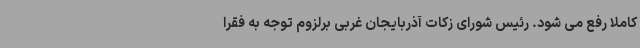
کاملا رفع می شود. رئیس شورای زکات آذربایجان غربی برلزوم توجه به فقرا